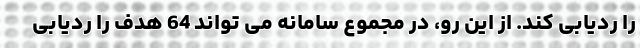
را ردیابی کند. از این رو، در مجموع سامانه می تواند 64 هدف را ردیابی